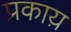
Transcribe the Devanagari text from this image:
प्रकाय़